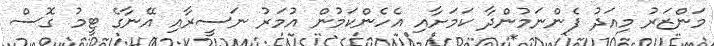
މަންޒަރު މިއަދު ފެންނަމުންދާ ކަަމަށާއި އެހެންކަމުން އުމަރު ނަސީރާއި އޭނާގެ ޓީމު ގޮސް